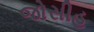
જોસીહ